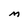
Character: M